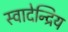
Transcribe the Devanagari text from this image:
स्वादेन्द्रिय